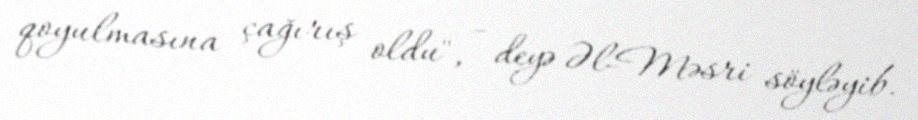
qoyulmasına çağırış oldu", - deyə Əl-Məsri söyləyib.